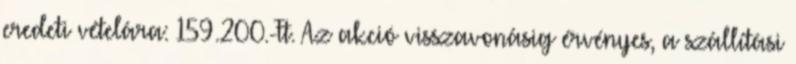
eredeti vételára: 159.200.-Ft. Az akció visszavonásig érvényes, a szállítási